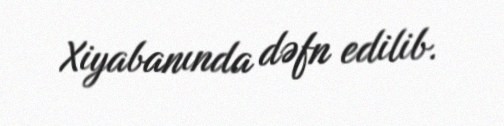
Xiyabanında dəfn edilib.